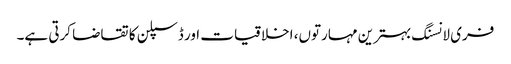
فری لانسنگ بہترین مہارتوں، اخلاقیات اور ڈسپلن کا تقاضا کرتی ہے۔